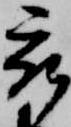
被